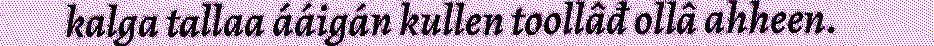
kalga tallaa ááigán kullen toollâđ ollâ ahheen.